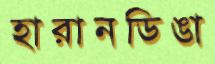
হারানডিঙা